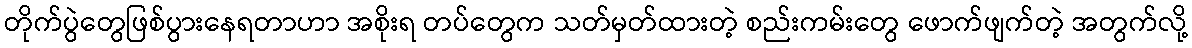
တိုက်ပွဲတွေဖြစ်ပွားနေရတာဟာ အစိုးရ တပ်တွေက သတ်မှတ်ထားတဲ့ စည်းကမ်းတွေ ဖောက်ဖျက်တဲ့ အတွက်လို့